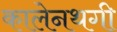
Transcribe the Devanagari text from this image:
कालेनथगी